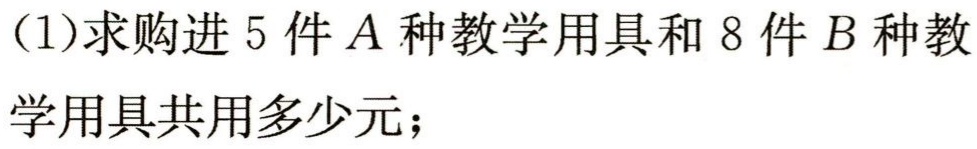
(1)求购进$5$件$A$种教学用具和$8$件$B$种教学用具共用多少元；